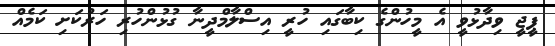
ޕީޖީ ވިދާޅުވީ އެ މީހުންގެ ކިބާގައި ހުރީ އިސްލާމްދީނާ ގުޅުންހުރި ހަރުކަށި ކަމެއް